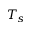
T _ { s }